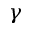
\gamma